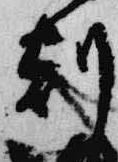
刻